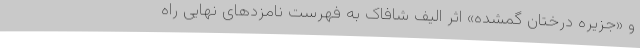
و «جزیره درختان گمشده» اثر الیف شافاک به فهرست نامزدهای نهایی راه